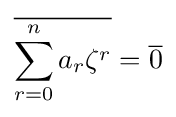
{\overline {\sum _{r=0}^{n}a_{r}\zeta ^{r}}}={\overline {0}}